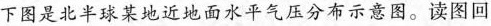
下图是北半球某地近地面水平气压分布示意图。读图回